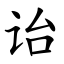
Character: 诒